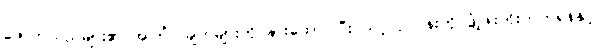
ဖောက်သည်များ၏ အကြံပြုချက်များကို နားထောင်ပြီး သင့်လုပ်ငန်းကို ဖွံ့ဖြိုးတိုးတက်ရန်နှင့်